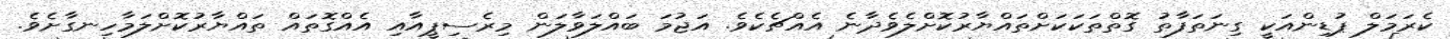
ކެރަމަލް ޕުޑިންއަކީ ގިނަތަފާތު ގޮތްތަކަކަށްތައްޔާރުކޮށްލެވެދާނެ އެއްޗެކެވެ. އަޖުމަ ބައްލަވާލަން މިރެސިޕީއާއި އެއްގޮތައް ތައްޔާރުކޮށްލަމާހިނގާށެވެ.